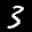
Label: 3